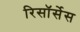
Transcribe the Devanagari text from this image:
रिसॉर्सेस